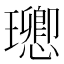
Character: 𤫈